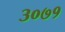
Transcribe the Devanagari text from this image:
३०७१